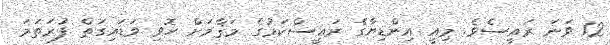
12 ވަނަ ރައީސެވެ. މިއީ އިންޑިޔާގެ ރައީސްކަމުގެ މަޤާމަށް ހޮވި ވަޑައިގަތް ފުރަތަމަ